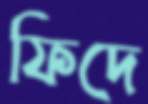
ফিদে